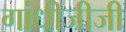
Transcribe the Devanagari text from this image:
गांधीजीजी